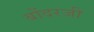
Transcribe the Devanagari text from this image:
बोंदरजी